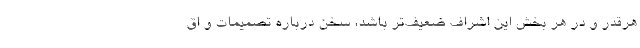
هرقدر و در هر بخش این اشراف ضعیف‌تر باشد، سخن درباره تصمیمات و اق